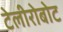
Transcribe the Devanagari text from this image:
टेलीरोबोट